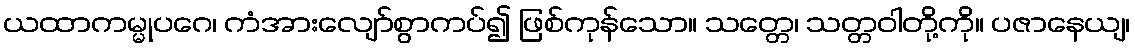
ယထာကမ္မုပဂေ၊ ကံအားလျော်စွာကပ်၍ ဖြစ်ကုန်သော။ သတ္တေ၊ သတ္တဝါတို့ကို။ ပဇာနေယျ၊